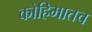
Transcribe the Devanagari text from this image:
कोहिमातच